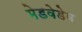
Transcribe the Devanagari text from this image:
मेडवेडेव